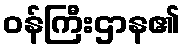
ဝန်ကြီးဌာန၏